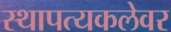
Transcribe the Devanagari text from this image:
स्थापत्यकलेवर